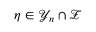
\eta \in \mathcal { Y } _ { n } \cap \mathcal { Z }